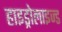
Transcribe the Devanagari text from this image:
हाइड्रोलाइज्ड